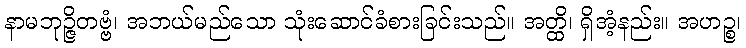
နာမဘုဉ္ဇိတဗ္ဗံ၊ အဘယ်မည်သော သုံးဆောင်ခံစားခြင်းသည်။ အတ္ထိ၊ ရှိအံ့နည်း။ အဟဉ္စ၊